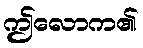
ဤလောက၏